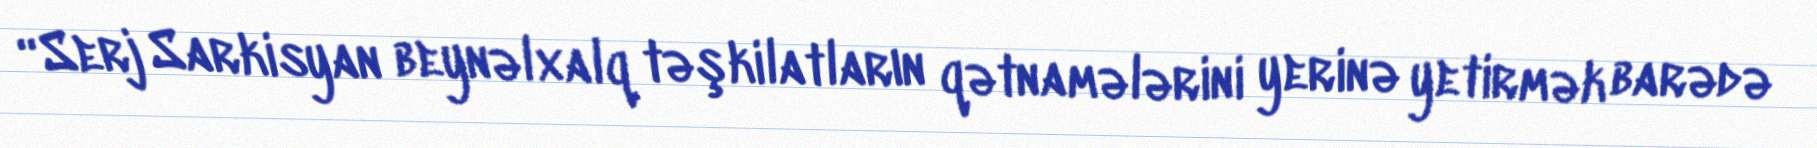
“Serj Sarkisyan beynəlxalq təşkilatların qətnamələrini yerinə yetirmək barədə